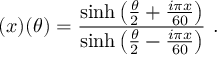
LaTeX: ( x ) ( \theta ) = \frac { \sinh \left( \frac { \theta } { 2 } + \frac { i \pi x } { 6 0 } \right) } { \sinh \left( \frac { \theta } { 2 } - \frac { i \pi x } { 6 0 } \right) } ~ .